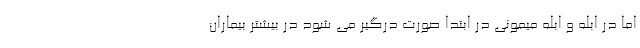
اما در ابله و ابله میمونی در ابتدا صورت درگیر می شود در بیشتر بیماران